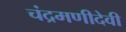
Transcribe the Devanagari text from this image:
चंद्रमणीदेवी